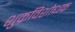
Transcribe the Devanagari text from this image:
शुक्रविशोधक